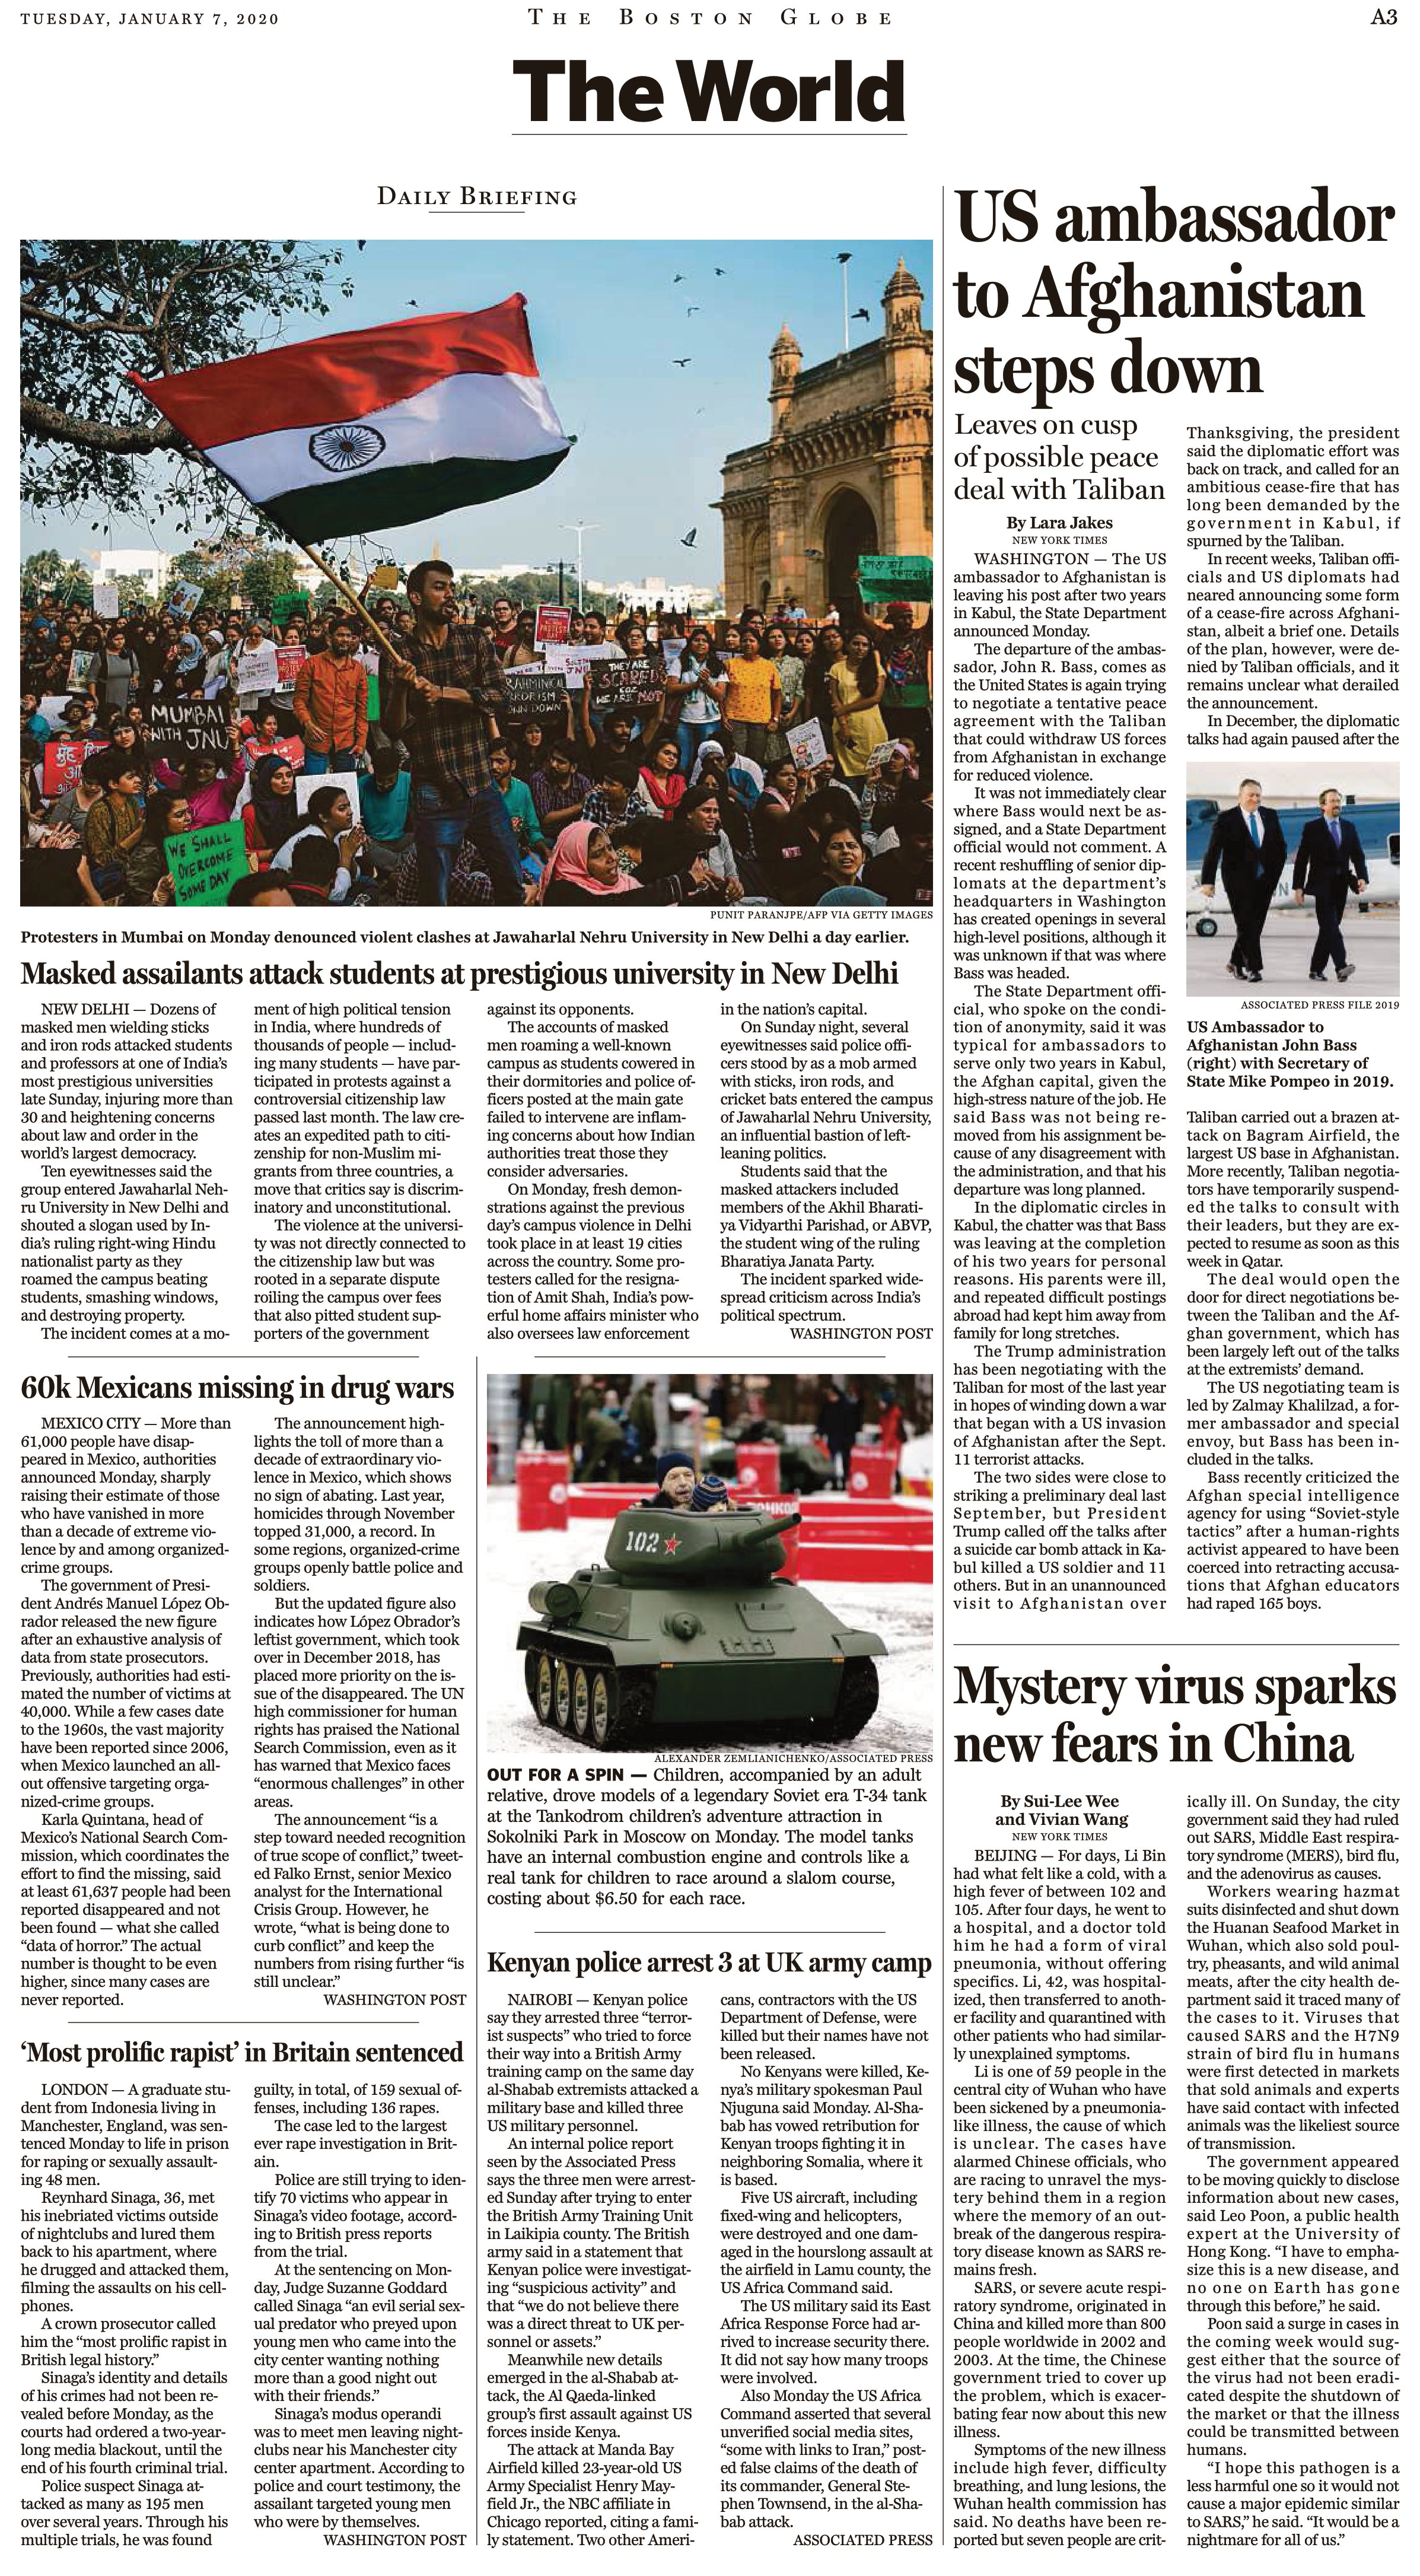
Language: en